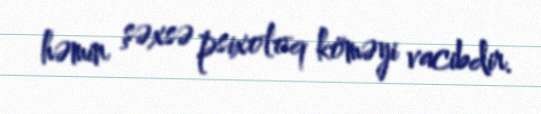
həmin şəxsə psixoloq köməyi vacibdir.